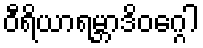
ဝီရိယာရမ္ဘာဒိဝဂ္ဂေါ